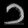
Digit: ၁